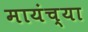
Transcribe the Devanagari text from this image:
मायंच्या